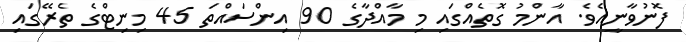
ފޮނުވާނީއެވެ. އާންމު ގޮތެއްގައި މި މާއްދާގެ 90 އިންސައްތަ 45 މިނިޓްގެ ތެރޭގައި